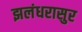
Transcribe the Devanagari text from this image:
झलंधरासुर